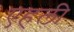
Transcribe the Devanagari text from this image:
एहली